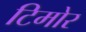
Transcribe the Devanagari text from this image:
टिमोर